Vaccination in Burma 1912-1922 - 1912-1922
Year: 1912
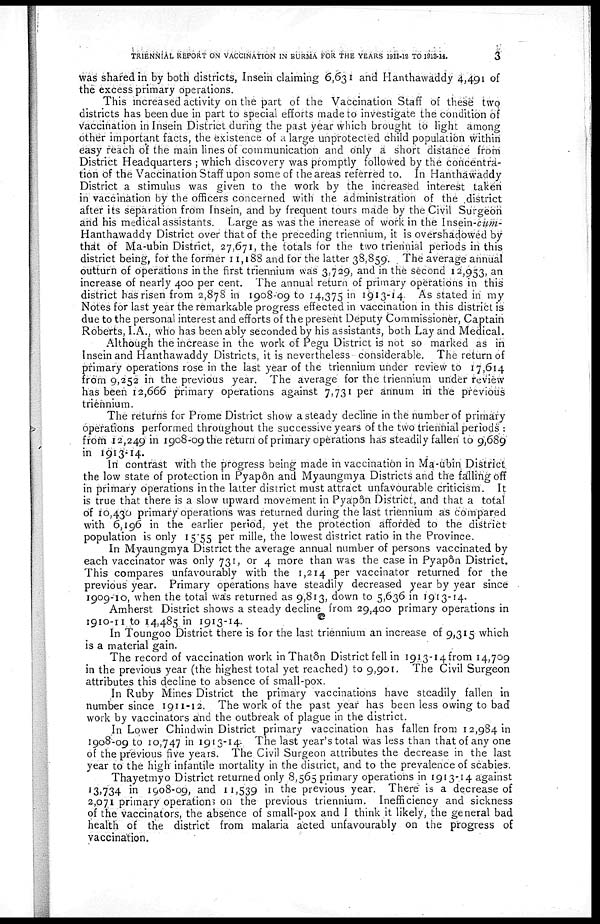
TRIENNIAL REPORT ON VACCINATION IN BURMA FOR THE YEARS 1911-12 TO 1913-14.
3
was shared in by both districts, Insein claiming 6,631 and Hanthawaddy 4,491 of
the excess primary operations.
This increased activity on the part of the Vaccination Staff of these two
districts has been due in part to special efforts made to investigate the condition of
vaccination in Insein District during the past year which brought to light among
other important facts, the existence of a large unprotected child population within
easy reach of the main lines of communication and only a short distance from
District Headquarters ; which discovery was promptly followed by the concentra¬
tion of the Vaccination Staff upon some of the areas referred to. In Hanthawaddy
District a stimulus was given to the work by the increased interest taken
in vaccination by the officers concerned with the administration of the district
after its separation from Insein, and by frequent tours made by the Civil Surgeon
and his medical assistants. Large as was the increase of work in the Insein-cum¬
Hanthawaddy District over that of the preceding triennium, it is overshadowed by
that of Ma-ubin District, 27,671, the totals for the two triennial periods in this
district being, for the former 11,188 and for the latter 38,859. The average annual
outturn of operations in the first triennium was 3,729, and in the second 12,953, an
increase of nearly 400 per cent. The annual return of primary operations in this
district has risen from 2,878 in 1908-09 to 14,375 in 1913-14. As stated in my
Notes for last year the remarkable progress effected in vaccination in this district is
due to the personal interest and efforts of the present Deputy Commissioner, Captain
Roberts, I.A., who has been ably seconded by his assistants, both Lay and Medical.
Although the increase in the work of Pegu District is not so marked as in
Insein and Hanthawaddy Districts, it is nevertheless- considerable. The return of
primary operations rose in the last year of the triennium under review to 17,614
from 9,252 in the previous year. The average for the triennium under review
has been 12,666 primary operations against 7,731 per annum in the previous
triennium.
The returns for Prome District show a steady decline in the number of primary
operations performed throughout the successive years of the two triennial periods :
from 12,249 in 1908-09 the return of primary operations has steadily fallen to 9,689
in 1913-14.
....-,...
In contrast with the progress being made in vaccination in Ma-ubin District,
the low state of protection in Pyapôn and Myaungmya Districts and the falling off
in primary operations in the latter district must attract unfavourable criticism. It
is true that there is a slow upward movement in Pyapôn District, and that a total
of 10,430 primary operations was returned during the last triennium as compared
with 6,196 in the earlier period, yet the protection afforded to the district
population is only 15.55 per mille, the lowest district ratio in the Province.
In Myaungmya District the average annual number of persons vaccinated by
each vaccinator was only 731, or 4 more than was the case in Pyap6n District.
This compares unfavourably with the 1,214 per vaccinator returned for the
previous year. Primary operations have steadily decreased year by year since
1909-10, when the total was returned as 9,813, down to 5,636 in 1913-14.
Amherst District shows a steady decline from 29,400 primary operations in
1910-11 to 14,485 in 1913-14.
In Toungoo District there is for the last triennium an increase of 9,315 which
is a material gain.
The record of vaccination work in Thatôn District fell in 1913-14 from 14,709
in the previous year (the highest total yet reached) to 9,901. The Civil Surgeon
attributes this decline to absence of small-pox.
In Ruby Mines District the primary vaccinations have steadily fallen in
number since 1911-12. The work of the past year has been less owing to bad
work by vaccinators and the outbreak of plague in the district.
In Lower Chindwin District primary vaccination has fallen from 12,984 in
1908-09 to 10,747 in 1913-14- The last year's total was less than that of any one
of the previous five years. The Civil Surgeon attributes the decrease in the last
year to the high infantile mortality in the district, and to the prevalence of scabies.
Thayetmyo District returned only 8,565 primary operations in 1913-14 against
13,734 in 1908-09, and 11,539 in the previous year. There is a decrease of
2,071 primary operations on the previous triennium. Inefficiency and sickness
of the vaccinators, the absence of small-pox and I think ,it likely, the general bad
health of the district from malaria acted unfavourably on the progress of
vaccination.